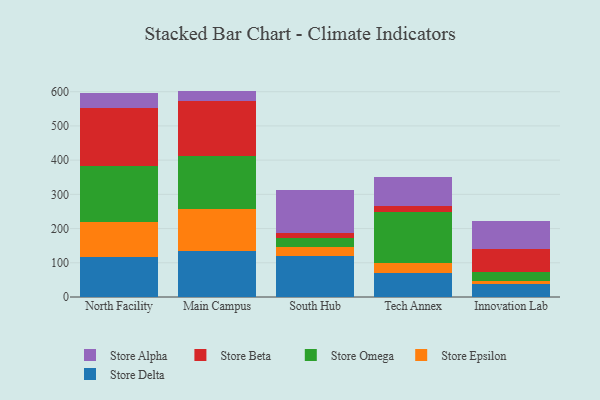
{"axis": {"x": "Campus", "y": "Production Output"}, "legend": ["Store Alpha", "Store Beta", "Store Delta", "Store Epsilon", "Store Omega"], "data": [{"x": "North Facility", "y": 116.9, "type": "Store Delta"}, {"x": "North Facility", "y": 101.1, "type": "Store Epsilon"}, {"x": "North Facility", "y": 166.3, "type": "Store Omega"}, {"x": "North Facility", "y": 167.8, "type": "Store Beta"}, {"x": "North Facility", "y": 45.5, "type": "Store Alpha"}, {"x": "Main Campus", "y": 134.9, "type": "Store Delta"}, {"x": "Main Campus", "y": 121.8, "type": "Store Epsilon"}, {"x": "Main Campus", "y": 155.9, "type": "Store Omega"}, {"x": "Main Campus", "y": 161.1, "type": "Store Beta"}, {"x": "Main Campus", "y": 28.8, "type": "Store Alpha"}, {"x": "South Hub", "y": 120.0, "type": "Store Delta"}, {"x": "South Hub", "y": 25.2, "type": "Store Epsilon"}, {"x": "South Hub", "y": 26.9, "type": "Store Omega"}, {"x": "South Hub", "y": 16.4, "type": "Store Beta"}, {"x": "South Hub", "y": 124.1, "type": "Store Alpha"}, {"x": "Tech Annex", "y": 70.9, "type": "Store Delta"}, {"x": "Tech Annex", "y": 28.8, "type": "Store Epsilon"}, {"x": "Tech Annex", "y": 148.0, "type": "Store Omega"}, {"x": "Tech Annex", "y": 18.3, "type": "Store Beta"}, {"x": "Tech Annex", "y": 84.8, "type": "Store Alpha"}, {"x": "Innovation Lab", "y": 38.3, "type": "Store Delta"}, {"x": "Innovation Lab", "y": 8.0, "type": "Store Epsilon"}, {"x": "Innovation Lab", "y": 25.9, "type": "Store Omega"}, {"x": "Innovation Lab", "y": 69.4, "type": "Store Beta"}, {"x": "Innovation Lab", "y": 80.7, "type": "Store Alpha"}]}